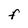
Character: F